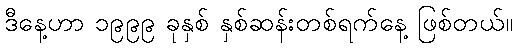
ဒီနေ့ဟာ ၁၉၉၉ ခုနှစ် နှစ်ဆန်းတစ်ရက်နေ့ ဖြစ်တယ်။